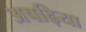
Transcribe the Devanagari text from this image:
अषढ़िया